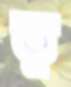
ত্